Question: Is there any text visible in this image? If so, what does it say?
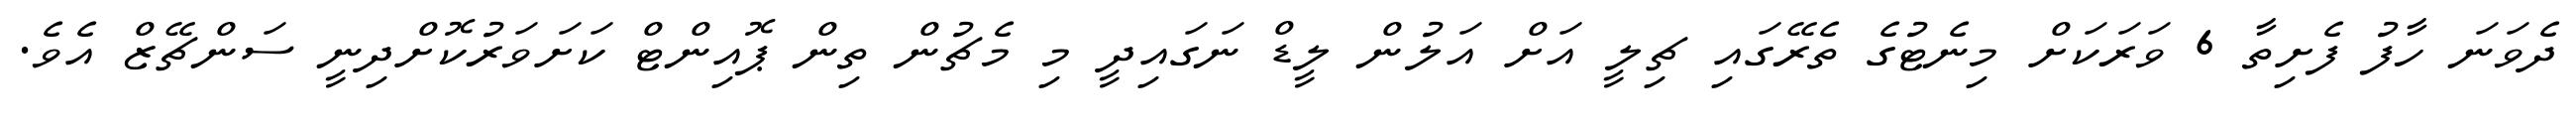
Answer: ދެވަނަ ހާފު ފެށިތާ 6 ވަރަކަށް މިނެޓުގެ ތެރޭގައި ޗިލީ އަށް އަލުން ލީޑް ނަގައިދީ މި މެޗުން ތިން ޕޮއިންޓް ކަށަވަރުކޮށްދިނީ ސަންޗޭޒް އެވެ.